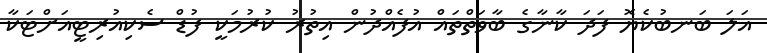
އަލަ ބަނބުކެޔޮ ފަދަ ކާނާގެ ބާވަތްތައް އުފެއްދުން އިތުރު ކުރުމަކީ ފުޑް ސެކިއުރިޓީއަށްޓަކާ